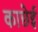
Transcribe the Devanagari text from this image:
काछेई